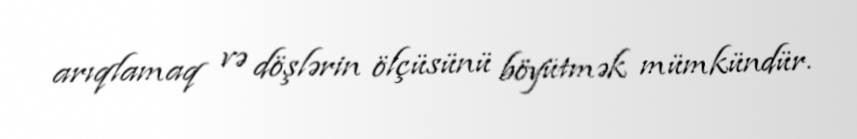
arıqlamaq və döşlərin ölçüsünü böyütmək mümkündür.